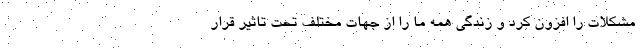
مشکلات را افزون کرد و زندگی همه ما را از جهات مختلف تحت تاثیر قرار